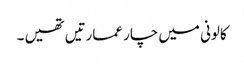
کالونی میں چار عمارتیں تھیں ۔